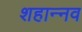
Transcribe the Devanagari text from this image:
शहान्‍नव